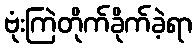
ဗုံးကြဲတိုက်ခိုက်ခဲ့ရာ